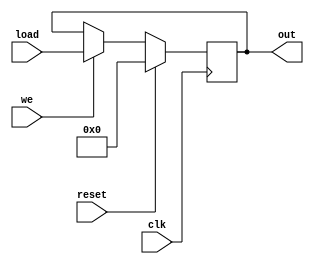
//Cahit Yusuf Ta - 1937465
//cyusuftas@gmail.com

module Reg_w_Reset_and_WE #(parameter W= 4) (clk, reset, we, load, out);

	//inputs
	input clk, reset, we;
	input [W-1:0] load;
	
	//outputs
	output reg [W-1:0] out;

	always @ (posedge clk)
	begin
		//check reset
		if(reset == 1) begin
			out <= 0;
		end else begin
			//check write enable
			if(we == 1) begin
				out <= load;
			end
		end
	
	end
endmodule